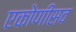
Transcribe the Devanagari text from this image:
एकोणीसव